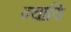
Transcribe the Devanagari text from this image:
न्यायि